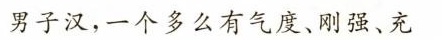
男子汉，一个多么有气度、刚强、充